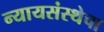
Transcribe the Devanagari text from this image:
न्यायसंस्थेचा